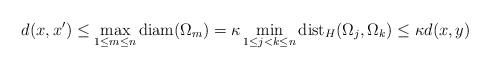
LaTeX: \begin{align*}d(x,x')\leq \max_{1\leq m\leq n}\mathrm{diam}(\Omega_m)= \kappa \min_{1\leq j<k\leq n} \mathrm{dist}_H(\Omega_j,\Omega_k)\leq \kappa d(x,y)\end{align*}